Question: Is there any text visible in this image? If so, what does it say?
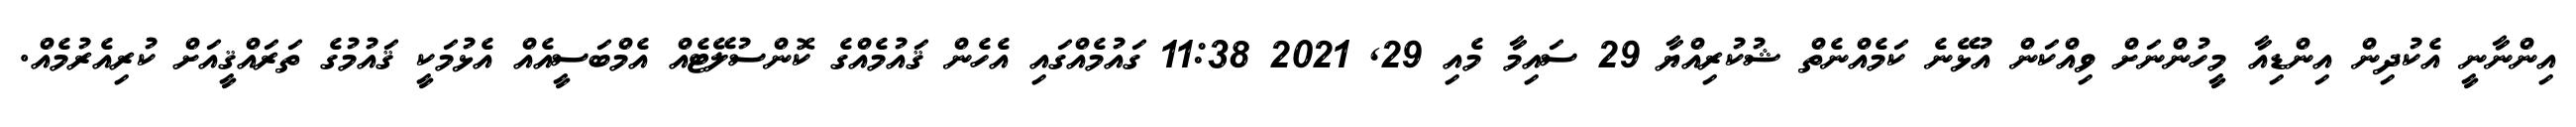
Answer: އިންނާނީ އެކުދިން އިންޑިއާ މީހުންނަށް ވިއްކަން އުޅޭނެ ކަމެއްނެތް ޝުކުރިއްޔާ 29 ސައިމާ މެއި 29, 2021 11:38 ގައުމެއްގައި އެހެން ޤައުމެއްގެ ކޮންސުލޭޓެއް އެމްބަސީއެއް އެޅުމަކީ ޤައުމުގެ ތަރައްޤީއަށް ކުރިއެރުމެއް.